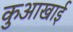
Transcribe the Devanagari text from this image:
कुआखाई